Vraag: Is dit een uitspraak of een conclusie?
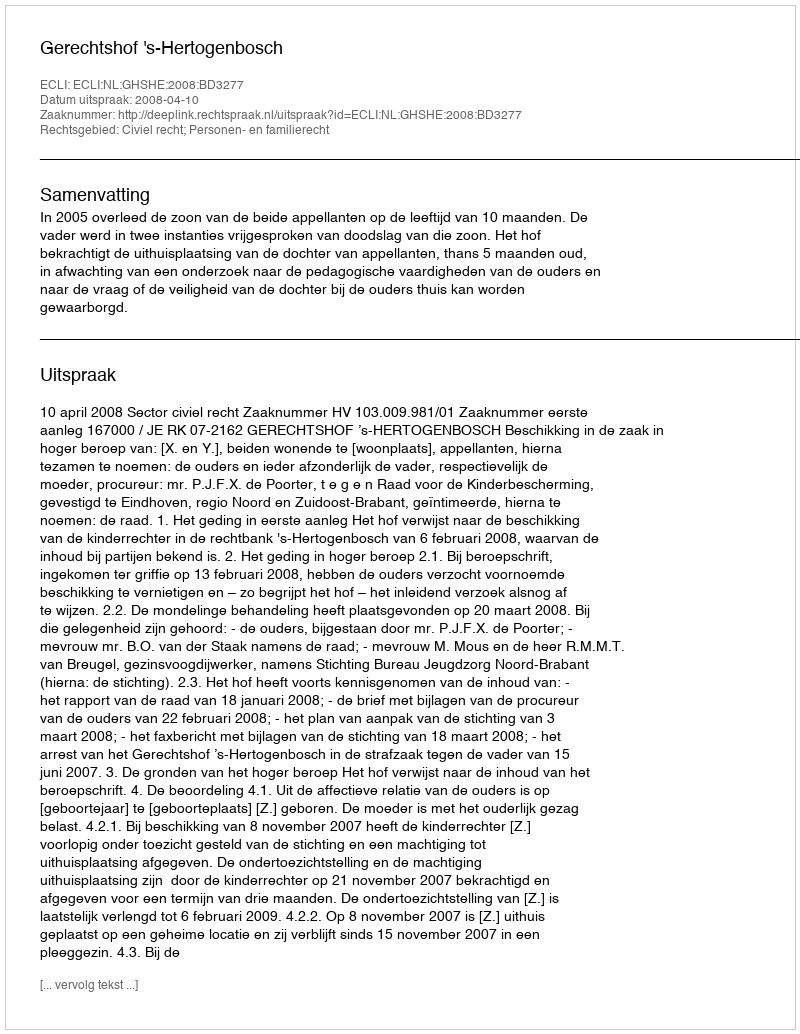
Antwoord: Uitspraak